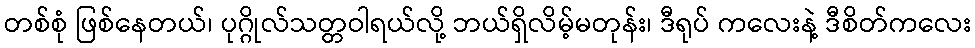
တစ်စုံ ဖြစ်နေတယ်၊ ပုဂ္ဂိုလ်သတ္တဝါရယ်လို့ ဘယ်ရှိလိမ့်မတုန်း၊ ဒီရုပ် ကလေးနဲ့ ဒီစိတ်ကလေး